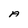
Character: A